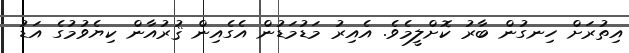
އިތުރަށް ހިނގުން ބާރު ކޮށްލީމެވެ. އެއިރު މަޑުމަޑުން އެގެއިން ޤުރުއާން ކިޔެވުމުގެ އަޑު